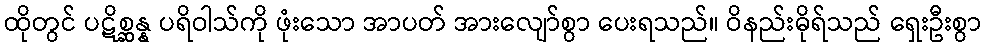
ထိုတွင် ပဋိစ္ဆန္န ပရိဝါသ်ကို ဖုံးသော အာပတ် အားလျော်စွာ ပေးရသည်။ ဝိနည်းဓိုရ်သည် ရှေးဦးစွာ